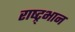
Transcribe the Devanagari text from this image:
राष्ट्र्भान